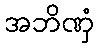
အဘိဏှံ